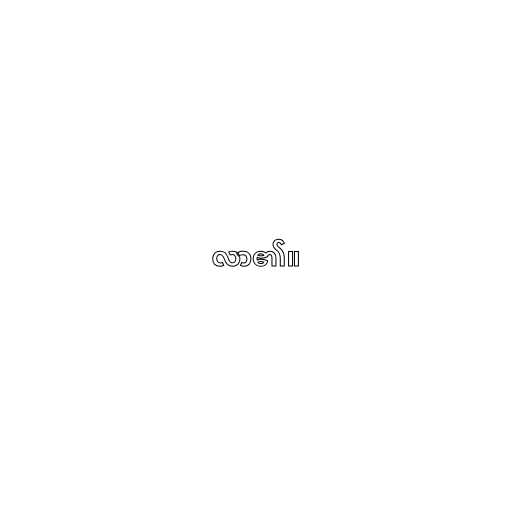
လာ၏။